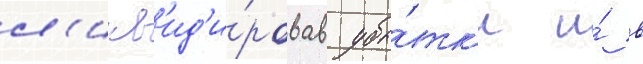
л'икв'ид'и́ровав убы́тк'и и́ в